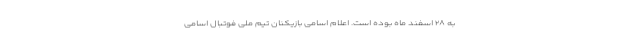
به ۲۸ اسفند ماه بوده است. اعلام اسامی بازیکنان تیم ملی فوتبال اسامی